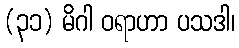
(၃၁) မိဂါ ဝရာဟာ ပသဒါ၊